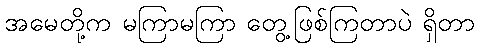
အမေတို့က မကြာမကြာ တွေ့ဖြစ်ကြတာပဲ ရှိတာ